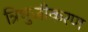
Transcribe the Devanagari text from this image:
त्रिभुजीकरण